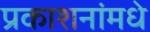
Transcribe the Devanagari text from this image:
प्रकाशनांमधे